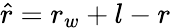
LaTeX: \hat{r}=r_{w}+l-r